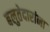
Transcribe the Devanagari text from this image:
बलुतेदारांना